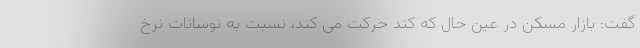
گفت: بازار مسکن در عین حال که کند حرکت می کند، نسبت به نوسانات نرخ